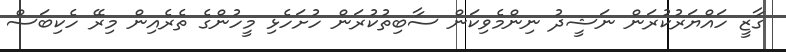
ގާޒީ ހައްޔަރުކުރަން ނަޝީދު ނިންމެވިކަން ސާބިތުކުރަން ހުށަހެޅި މީހުންގެ ތެރެއިން މިރޭ ހެކިބަސް